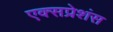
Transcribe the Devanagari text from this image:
एक्सप्रेशंस